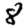
Digit: 8